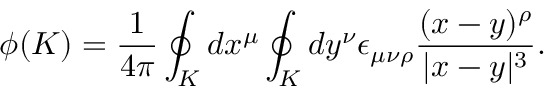
\phi ( { \cal K } ) = { \frac { 1 } { 4 \pi } } \oint _ { \cal K } d x ^ { \mu } \oint _ { \cal K } d y ^ { \nu } \epsilon _ { \mu \nu \rho } { \frac { ( x - y ) ^ { \rho } } { | x - y | ^ { 3 } } } .